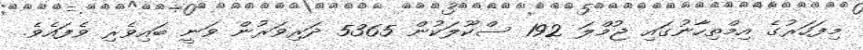
މިފަހަރުގެ އިމްތިހާނުގައި ޖުމްލަ 192 ސްކޫލަކުން 5365 ދަރިވަރުން ވަނީ ބައިވެރި ވެފައެވެ.